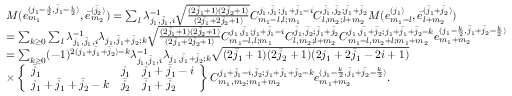
\begin{array} { r l } & { M ( e _ { m _ { 1 } } ^ { ( j _ { 1 } - \frac { i } { 2 } , \bar { j } _ { 1 } - \frac { i } { 2 } ) } , \bar { e } _ { m _ { 2 } } ^ { ( \bar { j } _ { 2 } ) } ) = \sum _ { l } \lambda _ { j _ { 1 } , \bar { j } _ { 1 } , i } ^ { - 1 } \sqrt { \frac { ( 2 \bar { j } _ { 1 } + 1 ) ( 2 \bar { j } _ { 2 } + 1 ) } { ( 2 \bar { j } _ { 1 } + 2 \bar { j } _ { 2 } + 1 ) } } C _ { m _ { 1 } - l , l ; m _ { 1 } } ^ { j _ { 1 } , \bar { j } _ { 1 } ; j _ { 1 } + \bar { j } _ { 1 } - i } C _ { l , m _ { 2 } ; l + m _ { 2 } } ^ { \bar { j } _ { 1 } , \bar { j } _ { 2 } ; \bar { j } _ { 1 } + \bar { j } _ { 2 } } M ( e _ { m _ { 1 } - l } ^ { ( j _ { 1 } ) } , \bar { e } _ { l + m _ { 2 } } ^ { ( \bar { j } _ { 1 } + \bar { j } _ { 2 } ) } ) } \\ & { = \sum _ { k \geq 0 } \sum _ { l } \lambda _ { j _ { 1 } , \bar { j } _ { 1 } , i } ^ { - 1 } \lambda _ { j _ { 1 } , \bar { j } _ { 1 } + \bar { j } _ { 2 } ; k } \sqrt { \frac { ( 2 \bar { j } _ { 1 } + 1 ) ( 2 \bar { j } _ { 2 } + 1 ) } { ( 2 \bar { j } _ { 1 } + 2 \bar { j } _ { 2 } + 1 ) } } C _ { m _ { 1 } - l , l ; m _ { 1 } } ^ { j _ { 1 } , \bar { j } _ { 1 } ; j _ { 1 } + \bar { j } _ { 1 } - i } C _ { l , m _ { 2 } ; l + m _ { 2 } } ^ { \bar { j } _ { 1 } , \bar { j } _ { 2 } ; \bar { j } _ { 1 } + \bar { j } _ { 2 } } C _ { m _ { 1 } - l , m _ { 2 } + l ; m _ { 1 } + m _ { 2 } } ^ { j _ { 1 } , \bar { j _ { 1 } } + \bar { j } _ { 2 } ; j _ { 1 } + \bar { j } _ { 1 } + \bar { j } _ { 2 } - k } e _ { m _ { 1 } + m _ { 2 } } ^ { ( j _ { 1 } - \frac { k } { 2 } , \bar { j } _ { 1 } + \bar { j } _ { 2 } - \frac { k } { 2 } ) } } \\ & { = \sum _ { k \geq 0 } ( - 1 ) ^ { 2 ( j _ { 1 } + \bar { j } _ { 1 } + \bar { j } _ { 2 } ) - k } \lambda _ { j _ { 1 } , \bar { j } _ { 1 } , i } ^ { - 1 } \lambda _ { j _ { 1 } , \bar { j } _ { 1 } + \bar { j } _ { 2 } ; k } \sqrt { ( 2 \bar { j } _ { 1 } + 1 ) ( 2 \bar { j } _ { 2 } + 1 ) ( 2 j _ { 1 } + 2 \bar { j } _ { 1 } - 2 i + 1 ) } } \\ & { \times \left\{ \begin{array} { l l l } { \bar { j } _ { 1 } } & { j _ { 1 } } & { j _ { 1 } + \bar { j } _ { 1 } - i } \\ { j _ { 1 } + \bar { j } _ { 1 } + \bar { j } _ { 2 } - k } & { \bar { j } _ { 2 } } & { \bar { j } _ { 1 } + \bar { j } _ { 2 } } \end{array} \right\} C _ { m _ { 1 } , m _ { 2 } ; m _ { 1 } + m _ { 2 } } ^ { j _ { 1 } + \bar { j } _ { 1 } - i , \bar { j } _ { 2 } ; j _ { 1 } + \bar { j } _ { 1 } + \bar { j } _ { 2 } - k } e _ { m _ { 1 } + m _ { 2 } } ^ { ( j _ { 1 } - \frac { k } { 2 } , \bar { j } _ { 1 } + \bar { j } _ { 2 } - \frac { k } { 2 } ) } . } \end{array}